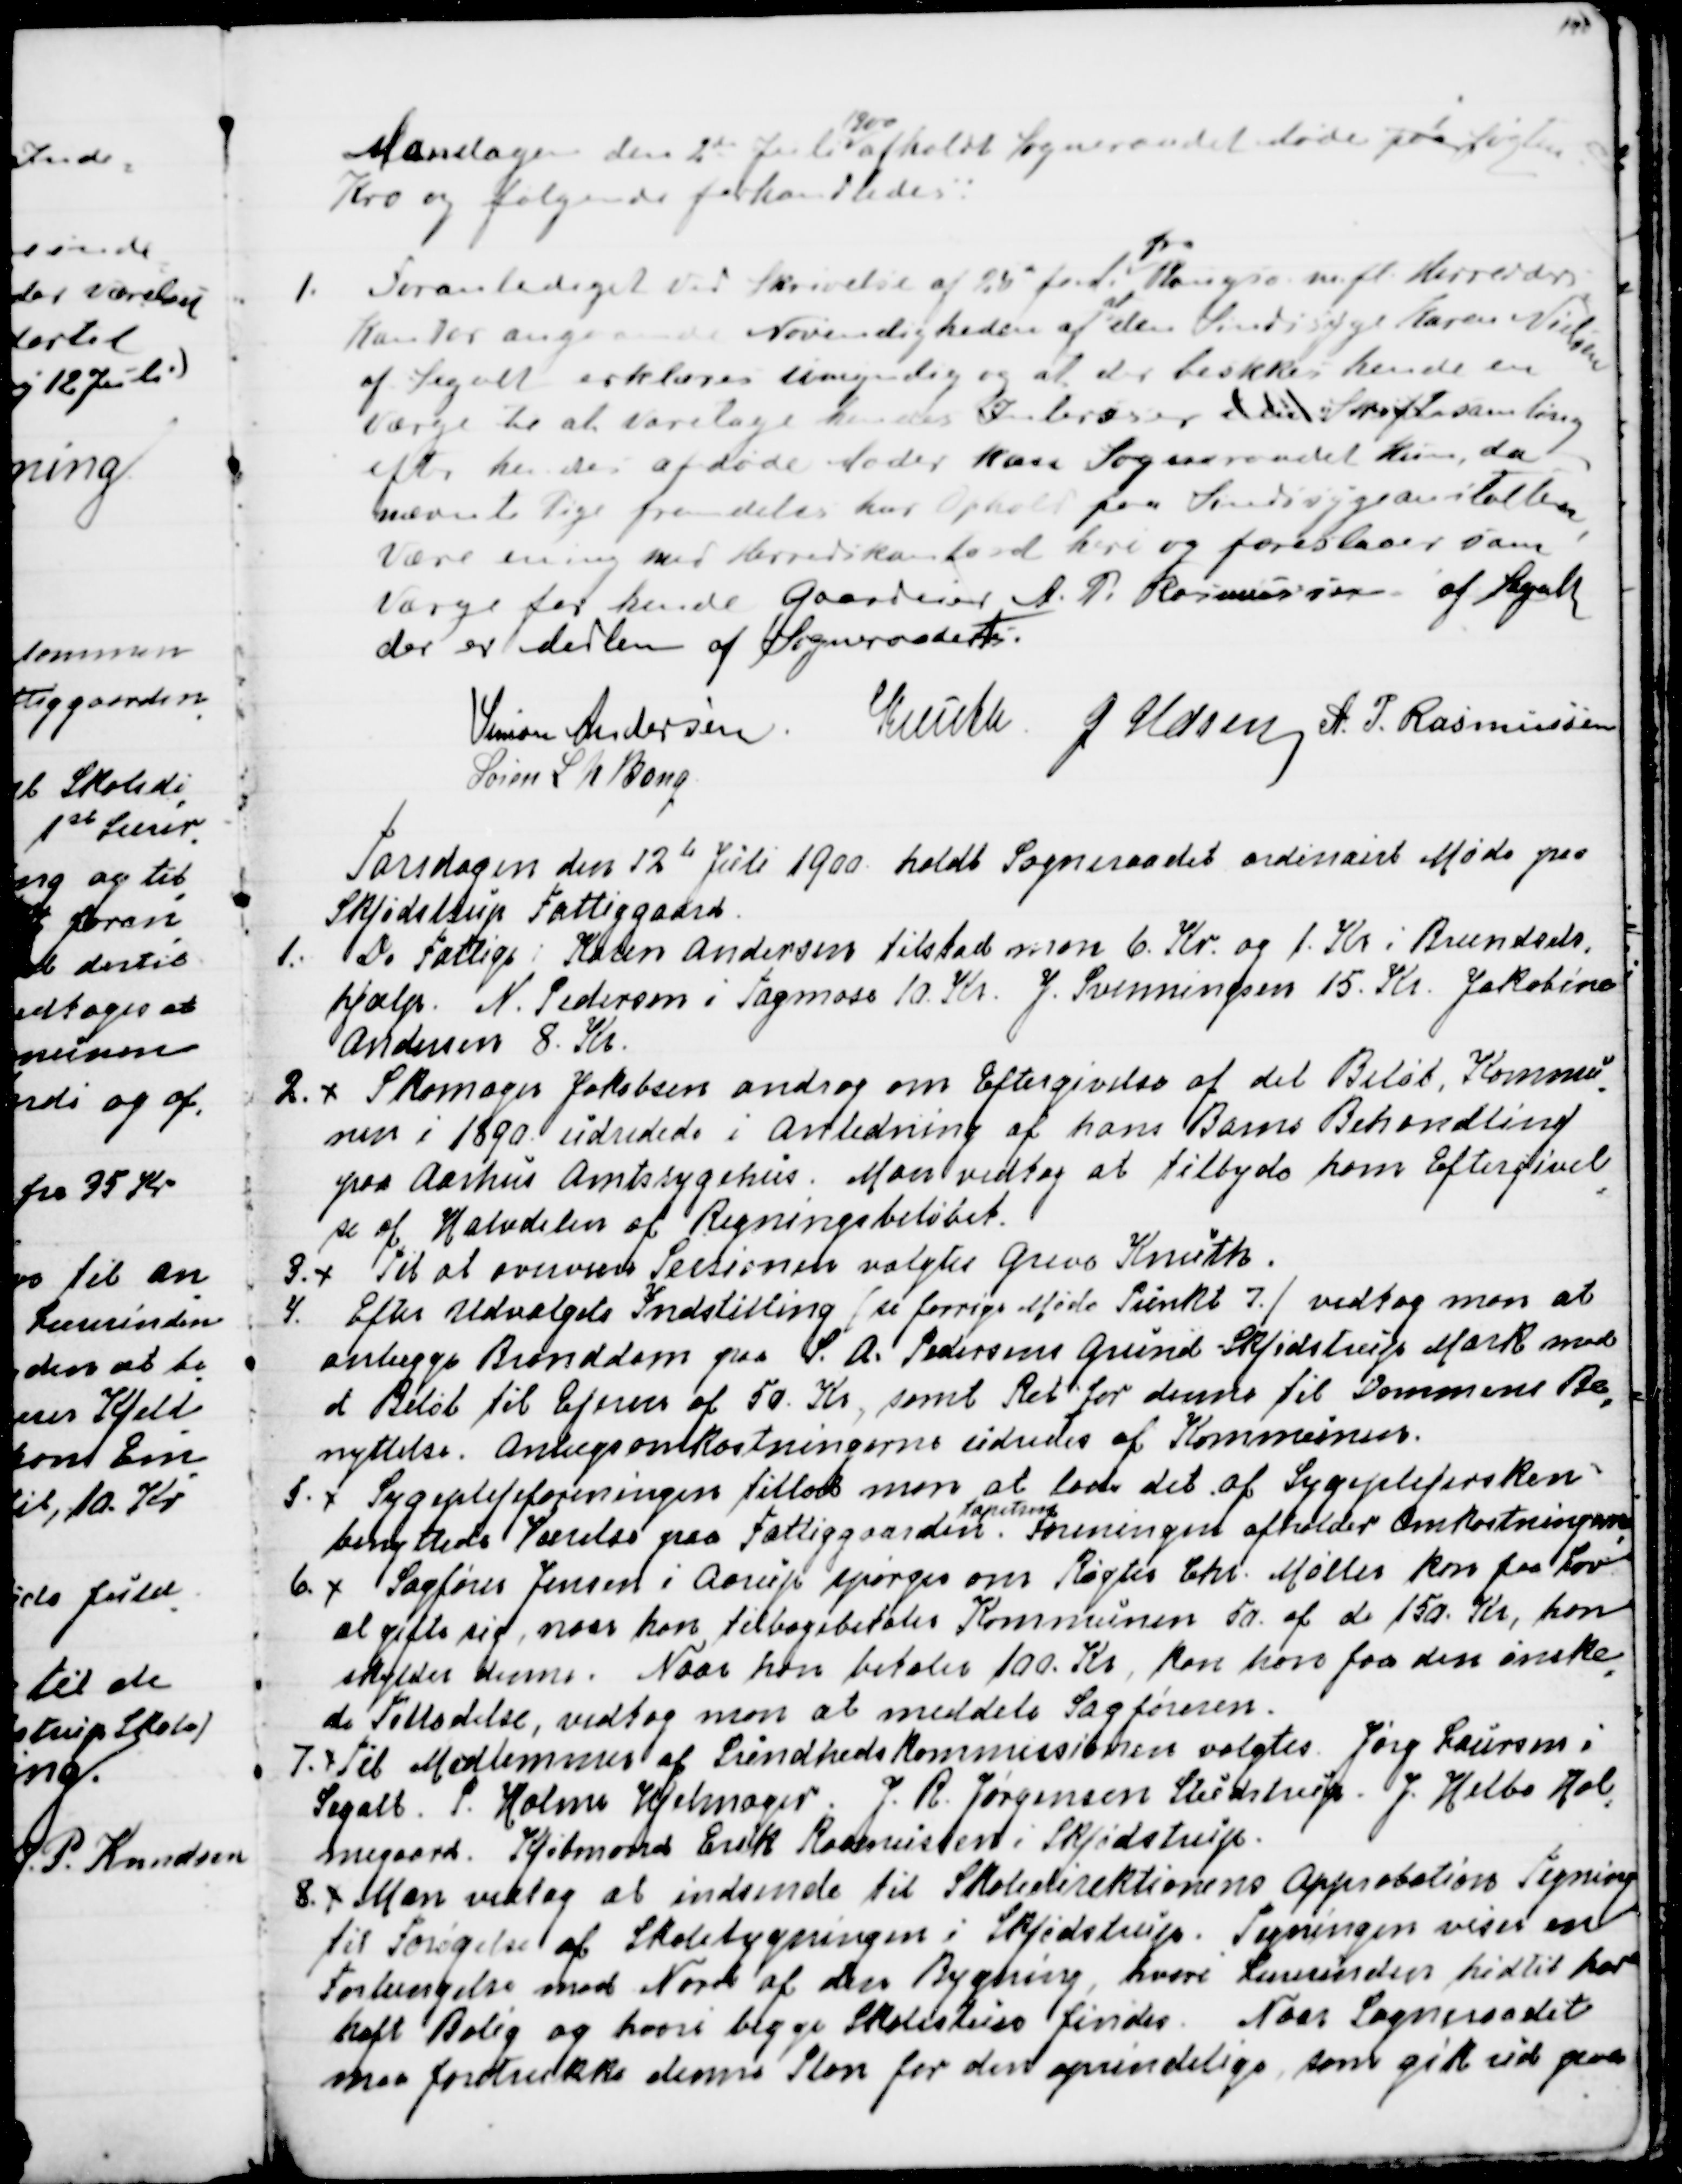
Transskription:
Mandagen den 2de Juli 
1900
afholdt Sogneraadet Møde paa 
i
Løgten
Kro og følgende forhandledes:
1. Foranlediget ved Skrivelse af 25 f.M.
fra
Rougsø m.fl. Herreders
Kontor angaaende Nødvendigheden af 
at
den Sindsyge Karen Nielsen
af Segalt erklæres umyndig og at der beskikkes hende en
Værge til at varetage hendes Interesser i en Skiftesamling
efter hendes afdøde Moder kan Sogneraadet kun, da
nævnte Pige fremdeles har Ophold paa Sindsygeanstalten,
være enig med Herredskontoret heri og foreslaaer som
Værge for hende Gaardeier A. P. Rasmussen af Segalt
der er Medlem af Sogneraadet.
Simon Andersen
Knuth.
J Udsen
A, P, Rasmussen
Søren L N Bang

Torsdagen den 12te Juli 1900 holdt Sogneraadet ordinairt Møde paa
Skjødstrup Fattiggaard.
1. De Fattige: Karen Andersen tilstod man 6. Kr og 1. Kr i Brændsels
=
hjælp. N. Pedersen i Tagmose 10. Kr. J. Svenningsen 15. Kr. Jakobine
Andersen 8. Kr.
2. Skomager Jakobsen androg om Eftergivelse af det Beløb Kommu
=
nen i 1890 udredede i Anledning af hans Barns Behandling
paa Aarhus Amtssygehus. Man vedtog at tilbyde ham Eftergivel
=
se af Halvdelen af Regningsbeløbet.
3. Til at overvære Sessionen valgtes Greve Knuth.
4. Efter Udvalgets Indstilling (se forrige Møde Punkt 7.) vedtog man at
anlægge Branddam paa S. A. Pedersens Grund Skjødstrup Mark mod 
et Beløb til Ejeren af 50. Kr, samt Ret for denne til Dammenes Be
=
nyttelse. Anlægsomkostningerne udredes af Kommunen.
5. Sygeplejeforeningen tillod man at lade det af Sygeplejersken
benyttede Værelse paa Fattiggaarden.
tapetsere
Foreningen afholder Omkostningerne
6. Sagfører Jensen i Aarhus spørger om Røgter Chr. Møller kan faa Lov
at gifte sig, naar han tilbagebetaler Kommunen 50. af de 150. Kr, han
skylder denne. Naar han betaler 100. Kr, kan han faa den ønske
=
de Tilladelse, vedtog man at meddele Sagføreren.
7. Til Medlemmer af Sundhedskommissionen valgtes Jørg Laursen i
Segalt. P. Holme Hjelmager J. R. Jørgensen Studstrup J. Helbo Hol
=
megaard Kjøbmand Erik Rasmussen i Skjødstrup.
8. Man vedtog at indsende til Skoledirektionens Approbation Tegning
til Forøgelse af Skolebygningen i Skjødstrup. Tegningen viser en
Forlængelse mod Nord af den Bygning, hvori Lærerinden hidtil har
haft bolig og hvori begge Skolestuer findes. Naar Sogneraadet
maa foretrække denne Plan for den oprindelige, som gik ud paa